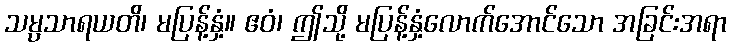
သမ္ပသာရယတိ၊ မပြန့်နှံ့။ ဧဝံ၊ ဤသို့ မပြန့်နှံ့လောက်အောင်သော အခြင်းအရာ